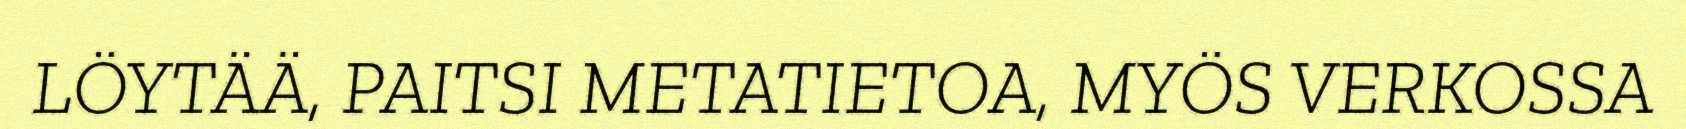
LÖYTÄÄ, PAITSI METATIETOA, MYÖS VERKOSSA